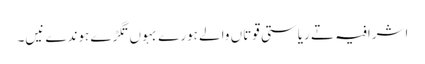
اشرافیہ تے ریاستی قوتاں والے ہورے بہوں تگڑے ہوندے نیں۔